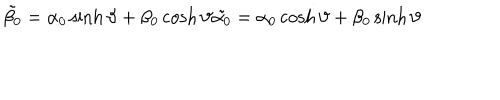
\tilde { \beta _ { 0 } } = \alpha _ { 0 } \sinh { \vartheta } + \beta _ { 0 } \cosh { \vartheta } \tilde { \alpha _ { 0 } } = \alpha _ { 0 } \cosh { \vartheta } + \beta _ { 0 } \sinh { \vartheta }